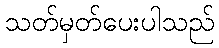
သတ်မှတ်ပေးပါသည်